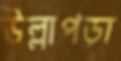
উল্লাপড়া